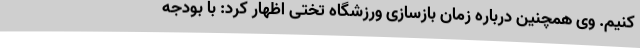
کنیم. وی همچنین درباره زمان بازسازی ورزشگاه تختی اظهار کرد: با بودجه